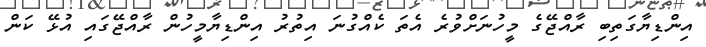
އިންޑިޔާގަތިބި ރާއްޖޭގެ މީހުނަށްވުރެ އެތަ ކެއްގުނަ އިތުރު އިންޑިޔާމީހުން ރާއްޖޭގައި އުޅޭ ކަން